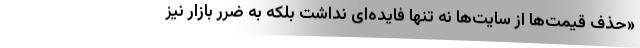
«حذف قیمت‌ها از سایت‌ها نه تنها فایده‌ای نداشت بلکه به ضرر بازار نیز